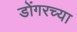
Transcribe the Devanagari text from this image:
डोंगरच्या